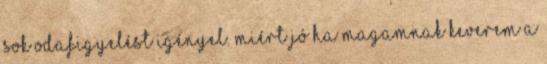
sok odafigyelést igényel. Miért jó ha magamnak keverem a